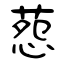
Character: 葾